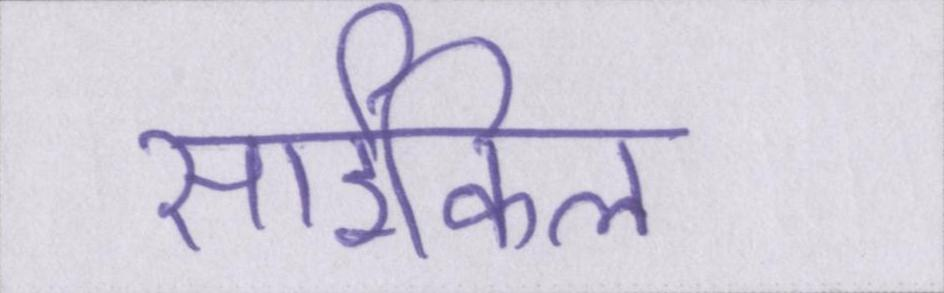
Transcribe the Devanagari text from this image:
साईकिल